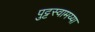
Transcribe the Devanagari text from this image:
पुट्टस्वामय्या